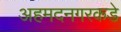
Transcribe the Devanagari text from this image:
अहमदनगरकडे